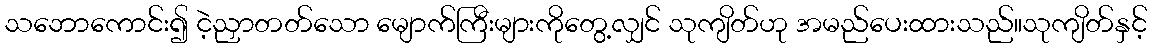
သဘောကောင်း၍ ငဲ့ညှာတတ်သော မျောက်ကြီးများကိုတွေ့လျှင် သုကျိတ်ဟု အမည်ပေးထားသည်။သုကျိတ်နှင့်